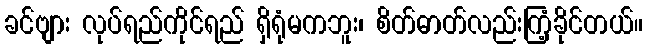
ခင်ဗျား လုပ်ရည်ကိုင်ရည် ရှိရုံမကဘူး၊ စိတ်ဓာတ်လည်းကြံ့ခိုင်တယ်။